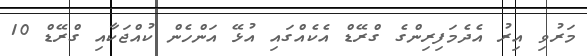
މަރުވި އިރު އެދެމަފިރިންގެ ގްރޭޑް އެކެއްގައި އުޅޭ އަންހެން ކުއްޖަކާއި ގްރޭޑް 10